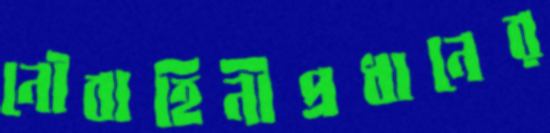
নৌবাহিনীপ্রধানের